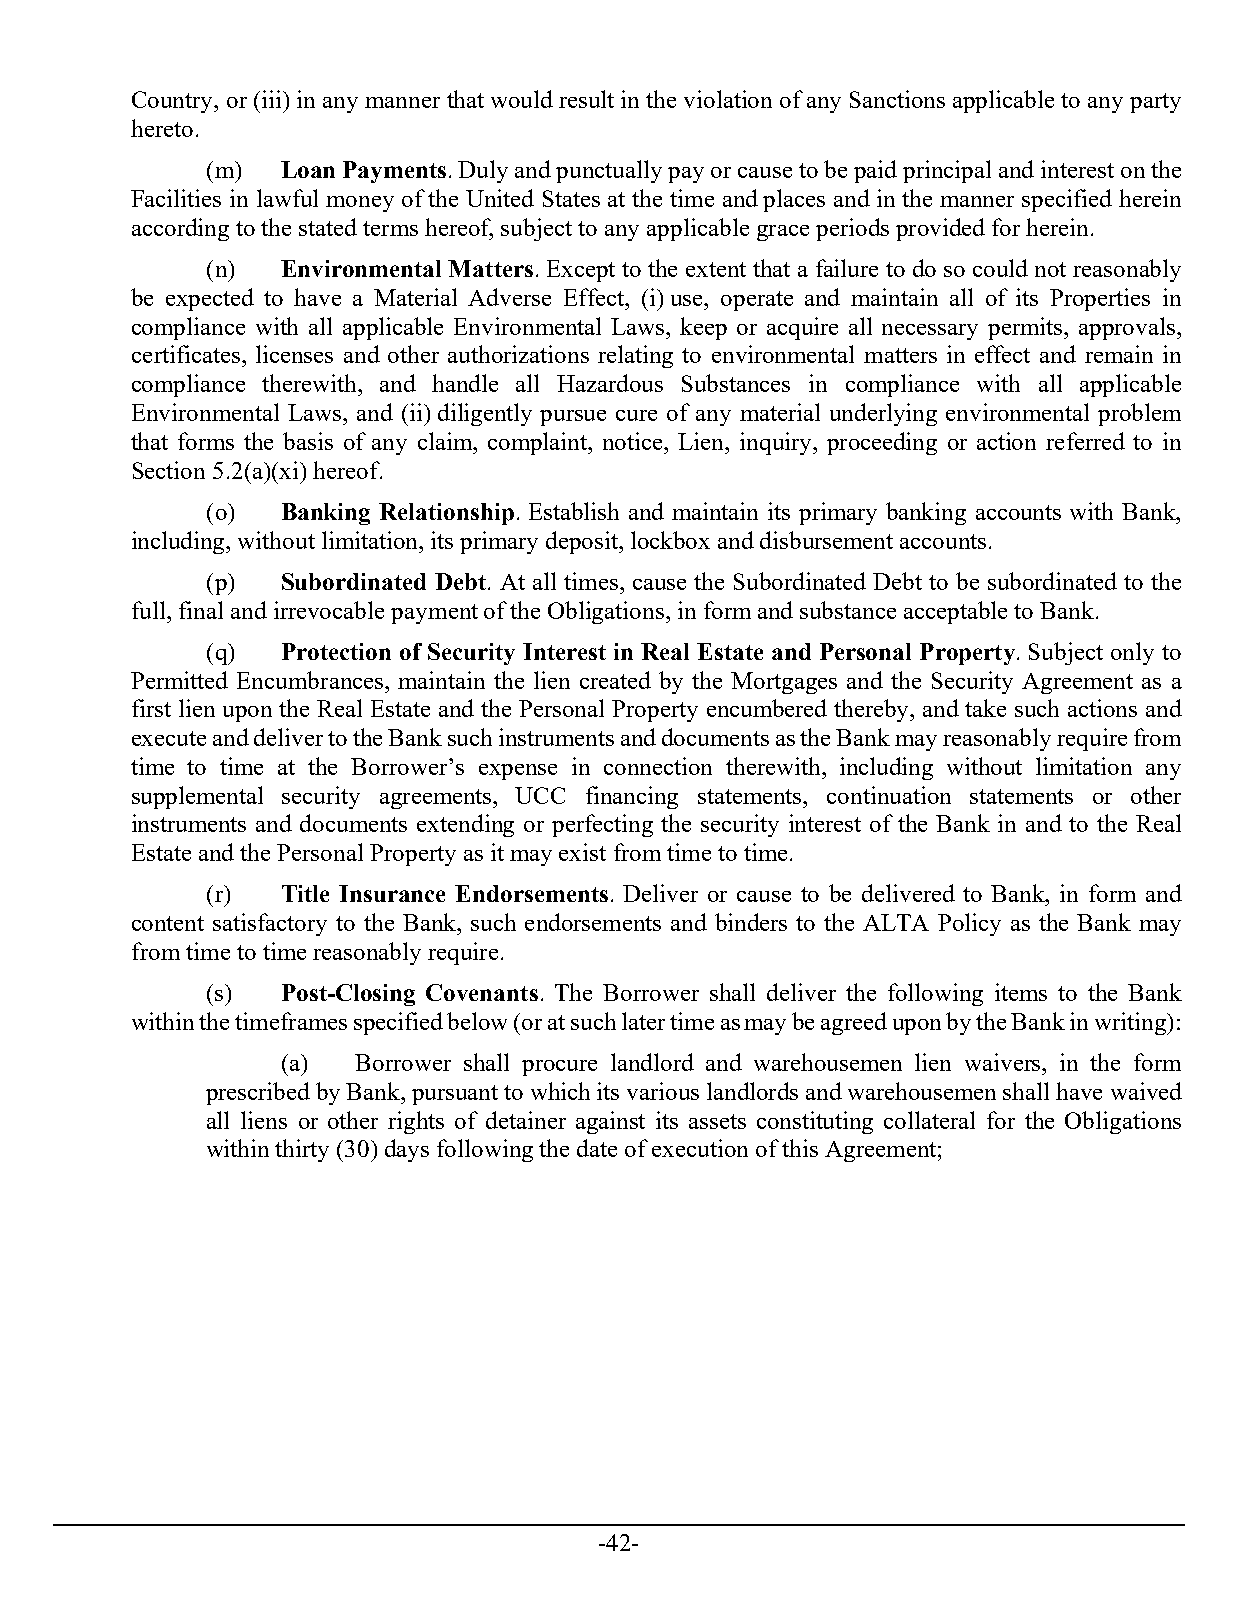
Country, or (iii) in any manner that would result in the violation of any Sanctions applicable to any party
 hereto.
 (m)  Loan Payments. Duly and punctually pay or cause to be paid principal and interest on the
 Facilities in lawful money of the United States at the time and places and in the manner specified herein
 according to the stated terms hereof, subject to any applicable grace periods provided for herein.
 (n)  Environmental Matters. Except to the extent that a failure to do so could not reasonably
 be expected to have a Material Adverse Effect, (i) use, operate and maintain all of its Properties in
 compliance with all applicable Environmental Laws, keep or acquire all necessary permits, approvals,
 certificates, licenses and other authorizations relating to environmental matters in effect and remain in
 compliance therewith, and handle all Hazardous Substances in compliance with all applicable
 Environmental Laws, and (ii) diligently pursue cure of any material underlying environmental problem
 that forms the basis of any claim, complaint, notice, Lien, inquiry, proceeding or action referred to in
 Section 5.2(a)(xi) hereof.
 (o)  Banking Relationship. Establish and maintain its primary banking accounts with Bank,
 including, without limitation, its primary deposit, lockbox and disbursement accounts.
 (p)  Subordinated Debt. At all times, cause the Subordinated Debt to be subordinated to the
 full, final and irrevocable payment of the Obligations, in form and substance acceptable to Bank.
 (q)  Protection of Security Interest in Real Estate and Personal Property. Subject only to
 Permitted Encumbrances, maintain the lien created by the Mortgages and the Security Agreement as a
 first lien upon the Real Estate and the Personal Property encumbered thereby, and take such actions and
 execute and deliver to the Bank such instruments and documents as the Bank may reasonably require from
 time to time at the Borrower’s expense in connection therewith, including without limitation any
 supplemental security agreements, UCC financing statements, continuation statements or other
 instruments and documents extending or perfecting the security interest of the Bank in and to the Real
 Estate and the Personal Property as it may exist from time to time.
 (r)  Title Insurance Endorsements. Deliver or cause to be delivered to Bank, in form and
 content satisfactory to the Bank, such endorsements and binders to the ALTA Policy as the Bank may
 from time to time reasonably require.
 (s)  Post-Closing Covenants. The Borrower shall deliver the following items to the Bank
 within the timeframes specified below (or at such later time as may be agreed upon by the Bank in writing):
 (a)  Borrower shall procure landlord and warehousemen lien waivers, in the form
 prescribed by Bank, pursuant to which its various landlords and warehousemen shall have waived
 all liens or other rights of detainer against its assets constituting collateral for the Obligations
 within thirty (30) days following the date of execution of this Agreement;
 -42-